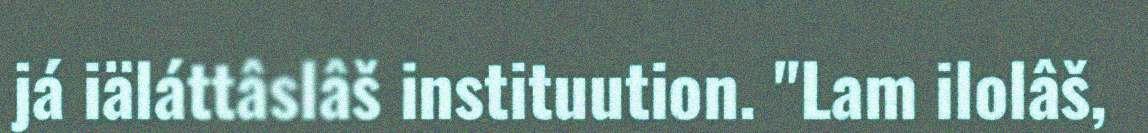
já iäláttâslâš instituution. "Lam ilolâš,